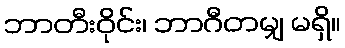
ဘာတီးဝိုင်း၊ ဘာဂီတမျှ မရှိ။